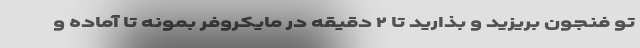
تو فنجون بریزید و بذارید تا ۲ دقیقه در مایکروفر بمونه تا آماده و